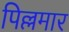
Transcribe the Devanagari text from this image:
पिल्लमार